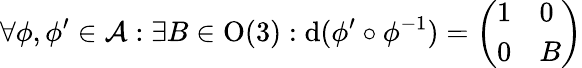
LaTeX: \forall\phi,\phi^{\prime}\in\mathcal{A}:\exists B\in\mathrm O(3):\mathrm{d}(\phi^{\prime}\circ\phi^{-1})=\left(\begin{array}{ll}{1}&{0}\\ {0}&{B}\end{array}\right)